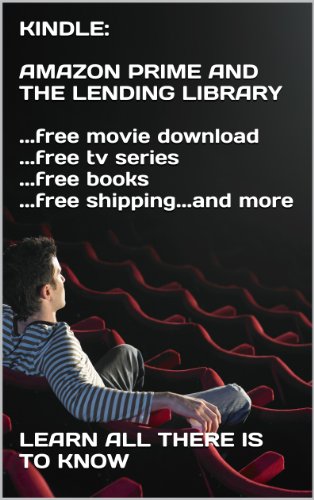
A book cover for KINDLE:  AMAZON PRIME AND THE LENDING LIBRARY  ...free movie download ...free tv series ...free books ...free shipping...and more  E¿½; Ari Landry; Computers & Technology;